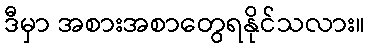
ဒီမှာ အစားအစာတွေရနိုင်သလား။